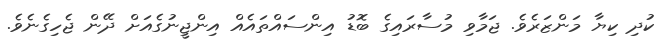
ކުދި ކިޔާ މަންޒަރެވެ. ޖަމާވި މުސާރައިގެ ބޮޑު އިންސައްތައެއް އިންޖީނުގެއަށް ދޭން ޖެހިގެނެވެ.